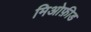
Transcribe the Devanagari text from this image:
मिओफ़ीड